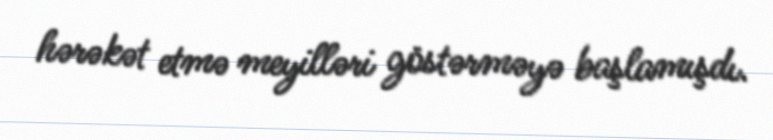
hərəkət etmə meyilləri göstərməyə başlamışdı.